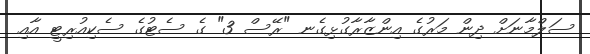
ސަލްމާނަށް ދިން މަރުގެ އިންޒާރާގުޅިގެނ "ރޭސް 3" ގެ ސެޓުގެ ސެކިއުރިޓީ އާއި